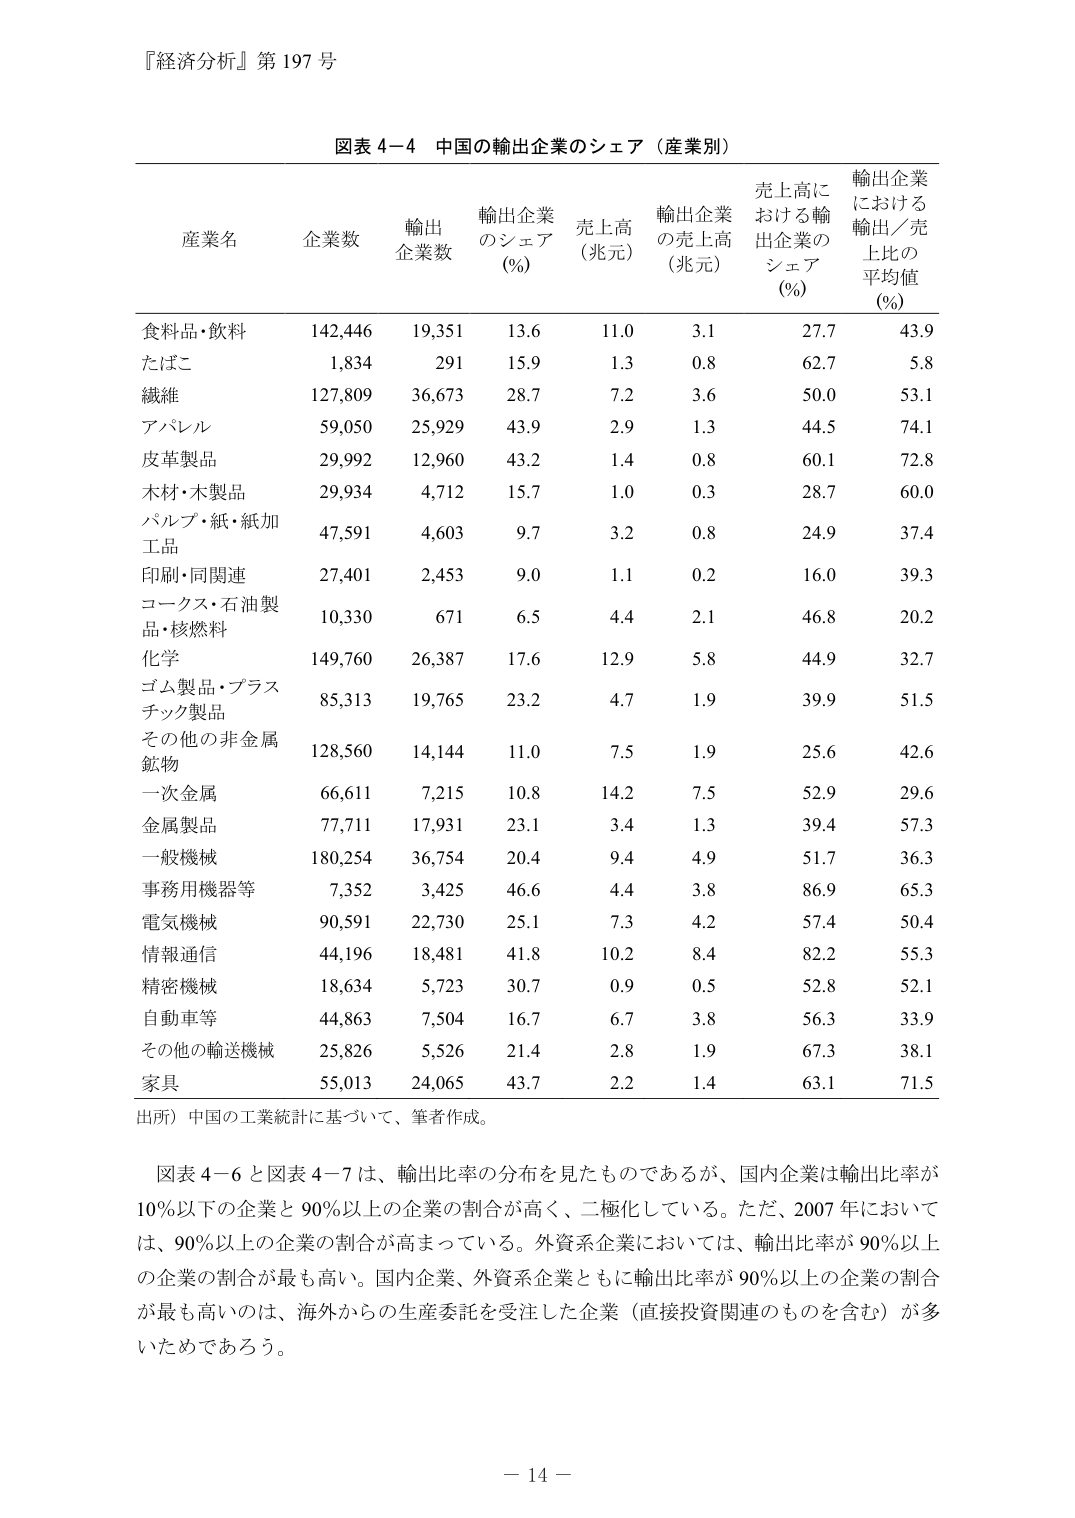
『経済分析』第197号

図表4-4 中国の輸出企業のシェア（産業別）

産業名 企業数 輸出企業数 輸出企業のシェア（%） 売上高（兆元） 輸出企業の売上高（兆元） 売上高における輸出企業のシェア（%） 輸出企業における輸出／売上比の平均値（%）

食料品・飲料 142,446 19,351 13.6 11.0 3.1 27.7 43.9
たばこ 1,834 291 15.9 1.3 0.8 62.7 5.8
繊維 127,809 36,673 28.7 7.2 3.6 50.0 53.1
アパレル 59,050 25,929 43.9 2.9 1.3 44.5 74.1
皮革製品 29,992 12,960 43.2 1.4 0.8 60.1 72.8
木材・木製品 29,934 4,712 15.7 1.0 0.3 28.7 60.0
パルプ・紙・紙加工品 47,591 4,603 9.7 3.2 0.8 24.9 37.4
印刷・同関連 27,401 2,453 9.0 1.1 0.2 16.0 39.3
コークス・石油製品・核燃料 10,330 671 6.5 4.4 2.1 46.8 20.2
化学 149,760 26,387 17.6 12.9 5.8 44.9 32.7
ゴム製品・プラスチック製品 85,313 19,765 23.2 4.7 1.9 39.9 51.5
その他の非金属鉱物 128,560 14,144 11.0 7.5 1.9 25.6 42.6
一次金属 66,611 7,215 10.8 14.2 7.5 52.9 29.6
金属製品 77,711 17,931 23.1 3.4 1.3 39.4 57.3
一般機械 180,254 36,754 20.4 9.4 4.9 51.7 36.3
事務用機器等 7,352 3,425 46.6 4.4 3.8 86.9 65.3
電気機械 90,591 22,730 25.1 7.3 4.2 57.4 50.4
情報通信 44,196 18,481 41.8 10.2 8.4 82.2 55.3
精密機械 18,634 5,723 30.7 0.9 0.5 52.8 52.1
自動車等 44,863 7,504 16.7 6.7 3.8 56.3 33.9
その他の輸送機械 25,826 5,526 21.4 2.8 1.9 67.3 38.1
家具 55,013 24,065 43.7 2.2 1.4 63.1 71.5

出所）中国の工業統計に基づいて、筆者作成。

図表4-6と図表4-7は、輸出比率の分布を見たものであるが、国内企業は輸出比率が10％以下の企業と90％以上の企業の割合が高く、二極化している。ただ、2007年においては、90％以上の企業の割合が高まっている。外資系企業においては、輸出比率が90％以上の企業の割合が最も高い。国内企業、外資系企業ともに輸出比率が90％以上の企業の割合が最も高いのは、海外からの生産委託を受注した企業（直接投資関連のものを含む）が多いためであろう。

－14－